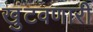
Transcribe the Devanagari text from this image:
खुंटवणारी